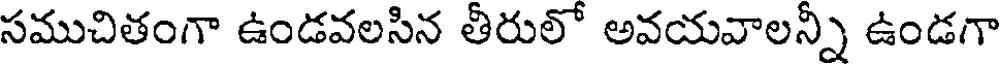
సముచితంగా ఉండవలసిన తీరులో అవయవాలన్ని ఉండగా